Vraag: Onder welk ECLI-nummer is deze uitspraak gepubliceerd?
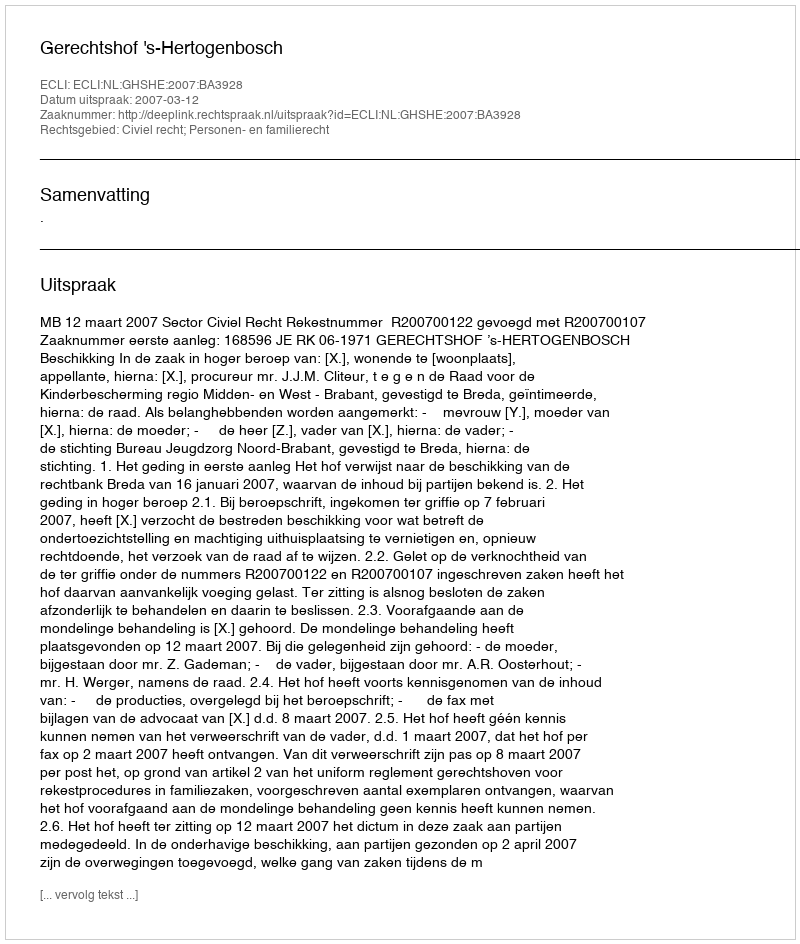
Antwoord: ECLI:NL:GHSHE:2007:BA3928